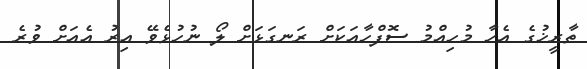
ތާރީޚުގެ އެހާ މުހިއްމު ސޮފްހާއަކަށް ރަނގަޅަށް ލޯ ނުހުޅެވޭ އިރު އެއަށް ވުރެ